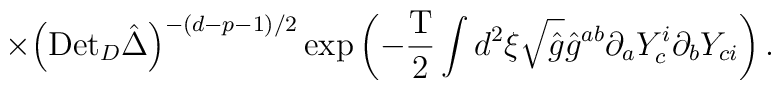
\times{{\left({\mbox{Det}_D}\hat{\Delta}\right)}^{-(d-p-1)/2}}\exp\left(-{{\mbox{T}}\over{2}}\int{d^2}\xi\sqrt{\hat{g}}{\hat{g}^{ab}}{\partial_a}{Y_c^i}{\partial_b}{Y_{ci}}\right).